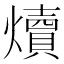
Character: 𪺁